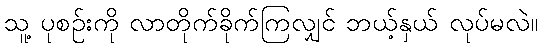
သူ့ ပုစဉ်းကို လာတိုက်ခိုက်ကြလျှင် ဘယ့်နှယ် လုပ်မလဲ။